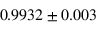
0 . 9 9 3 2 \pm 0 . 0 0 3